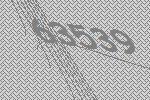
63539